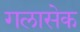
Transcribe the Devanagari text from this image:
गलासेक